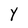
Character: Y